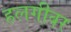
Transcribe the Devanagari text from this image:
हलगीवर